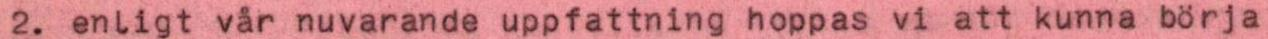
2. enligt var nuvarande uppfattning hoppas vi att kunna börja